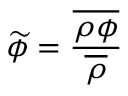
{ \widetilde { \phi } } = \frac { \overline { { \rho \phi } } } { \overline { { \rho } } }